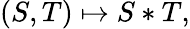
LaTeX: (S,T)\mapsto S*T,